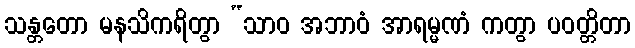
သန္တတော မနသိကရိတွာ “သာဝ အဘာဝံ အာရမ္မဏံ ကတွာ ပဝတ္တိတာ